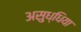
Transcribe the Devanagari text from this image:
असुध्धिया